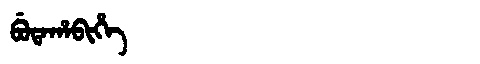
Manchu: ᠪᡠᡨᠠᡥᠠᠪᡳᡥᡝ
Romanization: BUTAHABIHE